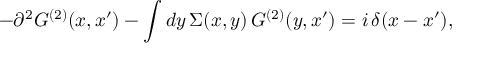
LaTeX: - \partial ^ { 2 } G ^ { ( 2 ) } ( x , x ^ { \prime } ) - \int d y \, \Sigma ( x , y ) \, G ^ { ( 2 ) } ( y , x ^ { \prime } ) = i \, \delta ( x - x ^ { \prime } ) ,